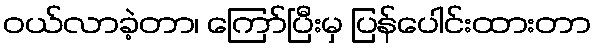
ဝယ်လာခဲ့တာ၊ ကြော်ပြီးမှ ပြန်ပေါင်းထားတာ